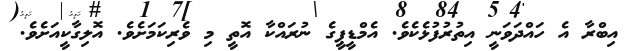
އިބްރާ އެ ހައްދަވަނީ އިތުރުފުޅެކެވެ. އެމްޑީޕީގެ ނުރައްކާ އޮތީ މި ވެރިކަމަށެވެ. އޮލިގާކީއަށެވެ.